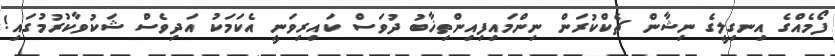
ފޯމެއްގެ އިނގިލީގެ ނިޝާން ޗެކްކުރަން ނިންމައިފިއިންތިޚާބު ދުވަސް ކައިރިވަނީ އެކަމަކު އަދިވެސް ޝަކުވާކުރުމުގައި!